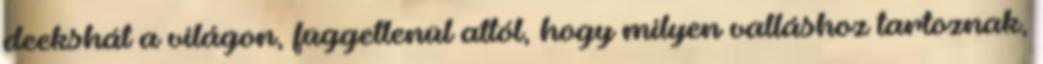
deekshát a világon, függetlenül attól, hogy milyen valláshoz tartoznak,